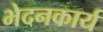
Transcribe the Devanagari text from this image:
भेदनकार्य